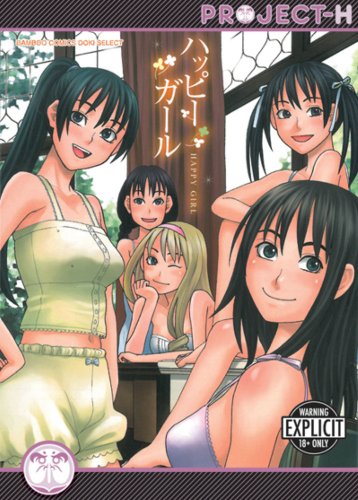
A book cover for Happy Girls (Hentai Manga); Zukiki; Comics & Graphic Novels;